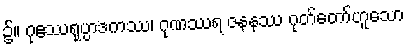
၌။ ဂုဧဿရုပ္ပာဒကဿ၊ ဂုဏဿရ ဇနနဿ ဂုတ်တော်ဟူသော